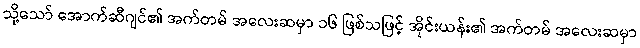
သို့သော် အောက်ဆီဂျင်၏ အက်တမ် အလေးဆမှာ ၁၆ ဖြစ်သဖြင့် အိုင်းယန်း၏ အက်တမ် အလေးဆမှာ